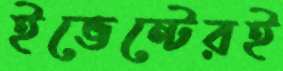
ইভেন্টেরই